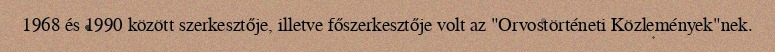
1968 és 1990 között szerkesztője, illetve főszerkesztője volt az "Orvostörténeti Közlemények"nek.